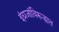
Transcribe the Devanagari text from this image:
इंग्रजांविरूद्धात